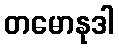
တမောနုဒါ